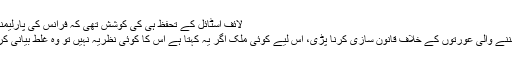
لائف اسٹائل کے تحفظ ہی کی کوشش تھی کہ فرانس کی پارلیمنٹ کو صرف
92 حجاب پہننے والی عورتوں کے خلاف قانون سازی کرنا پڑی، اس لیے کوئی ملک اگر یہ کہتا ہے اس کا کوئی نظریہ نہیں تو وہ غلط بیانی کررہا ہوتا ہے۔